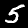
Label: 5